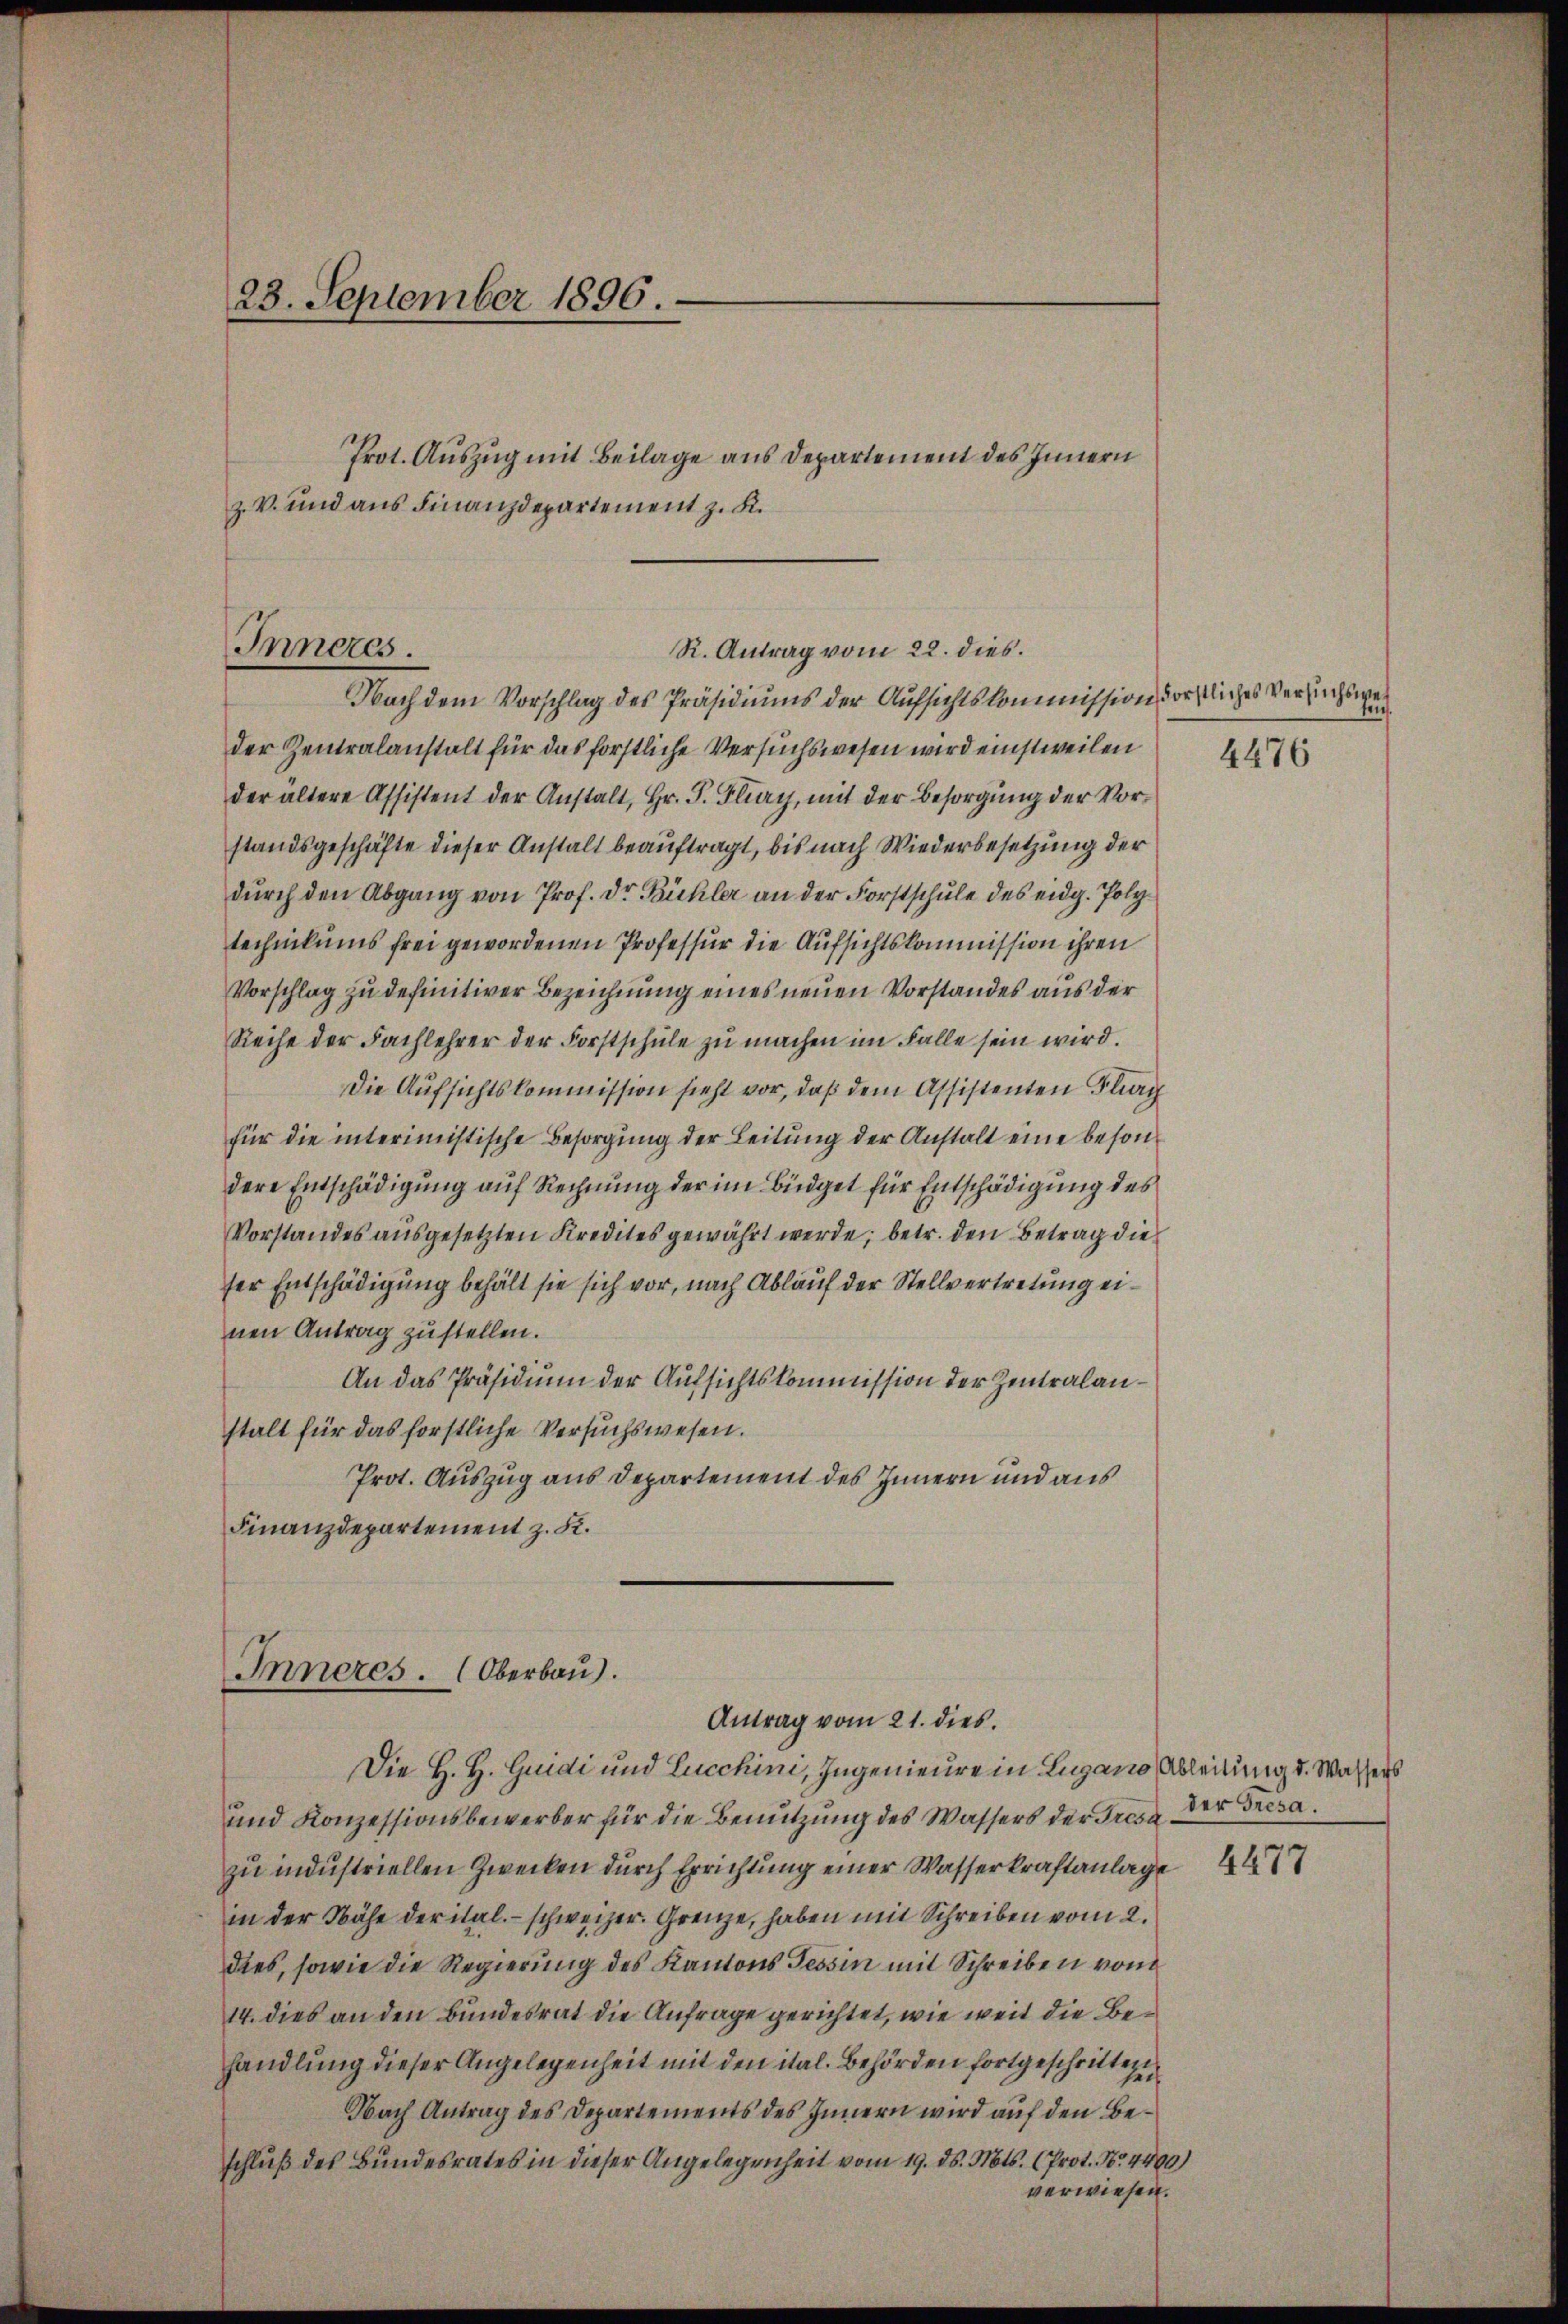
23. September 1896.

Prot. Auszug mit Beilage aus Departement des Innern
z. V. und aus Finanzdepartement z. K.

Inneres.
R. Antrag vom 22. dies.

Inneres. (Oberbau).
Antrag vom 21. dies

Nach dem Vorschlag des Präsidiums der Aufsichtskommission vorstliches Versuchswei
der Zentralanstalt für das forstliche Versuchswesen wird einstweilen
der ältere Assistent der Anstalt, Hr. P. Fliay, mit der Besorgung der Vorstandsgeschäfte dieser Anstalt beauftragt, bis nach Wiederbesetzung der
durch den Abgang von Prof. Dr. Bühler an der Forstschule des eidg. Polytechnikums frei gewordenen Professur die Aufsichtskommission ihren
Vorschlag zu definitiver Bezeichnung eines neuen Vorstandes aus der
Reihe der Fachlehrer der Forstschŭle zŭ machen im Falle sein wird.
Die Aufsichtskommission sieht vor, daß dem Assistenten Flag
für die interimistische Besorgung der Leitung der Anstalt eine besond
dere Entschädigung auf Rechnung der im Büdget für Entschädigung des
Vorstandes ausgesetzten Kredites gewährt werde; betr. den Betrag die
ser Entschädigung behält sie sich vor, nach Ablauf der Stellvertretung einen Antrag zu stellen.
An das Präsidium der Aufsichtskommission der Zentralanstalt für das forstliche Versuchswesen.
Prot. Auszug aus Departement des Innern und aus
Finanzdepartement z. K.

t.

Die H. H. Guidi und Lucchini, Ingenieure in Lugano Ableitung d. Wassers
und Konzessionsbewerber für die Benutzung des Wassers der Trost der Gresazu industriellen Zwecken durch Errichtung einer Wasserkraftanlage
in der Nähe der ital. - schweizer. Grenze, haben mit Schreiben vom 2.
dies, sowie die Regierung des Kantons Tessin mit Schreiben von
14. dies an den Bundesrat die Anfrage gerichtet, wie weit die Behandlung dieser Angelegenheit mit den ital. Behörden fortgeschrittei
Nach Antrag des Departements des Innern wird auf den Beschluß des Bundesrates in dieser Angelegenheit vom 19. ds. Mts. (Prot. No. 4400)
verwiesen.

4476

4477